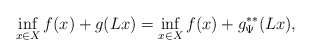
\begin{align*}\inf_{x\in X} f(x) + g(Lx) =\inf_{x\in X} f(x) + g^{**}_\Psi (Lx),\end{align*}